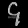
Digit: ၄